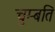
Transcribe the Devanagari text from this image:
चुम्बति